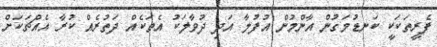
ފެރީތަކަކީ ކަނޑުމަގުން އާންމުން އުފުލާ އަދި ދުވާލަކު އެތަކެއް ދަތުރެއް ކުރާ އެއްޗަކަށް